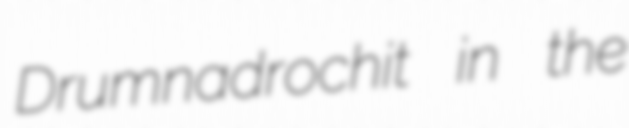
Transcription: Drumnadrochit in the